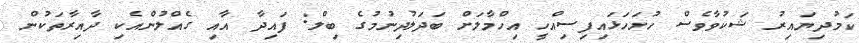
ކަމުދިޔައިރު ޝަކުވާވެސް ހުށަހަޅައިފިސިއްހީ އިހްމާލަށް ބަދަލުދިނުމުގެ ބިލް: ފައިދާ އާއި ގެއްލުންއެކި ދާއިރާތަކުން